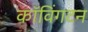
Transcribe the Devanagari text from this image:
कॉविंगटन